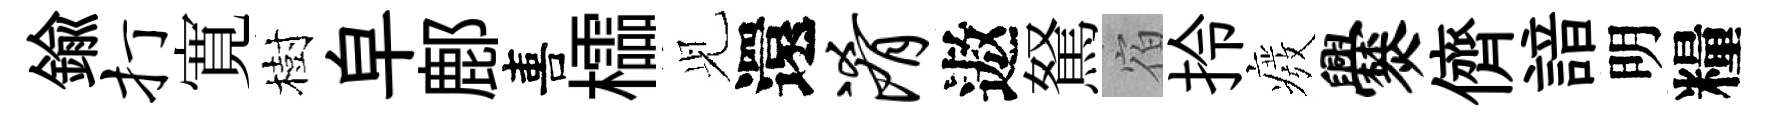
鍮打寛樹皁鄜喜櫺𫤗還淆遨駑宿拎癈爨儕諳明糧